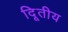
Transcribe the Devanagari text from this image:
दिूतीय